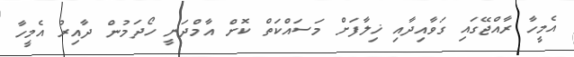
އެމީހާ ރާއްޖޭގައި ގަވާއިދާއި ޚިލާފަށް މަސައްކަތް ކޮށް އާމްދަނީ ހޯދަމުން ދާއިރު އެމީހާ